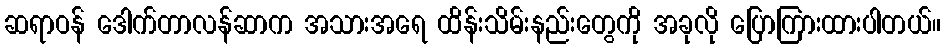
ဆရာဝန် ဒေါက်တာလန်ဆာက အသားအရေ ထိန်းသိမ်းနည်းတွေကို အခုလို ပြောကြားထားပါတယ်။